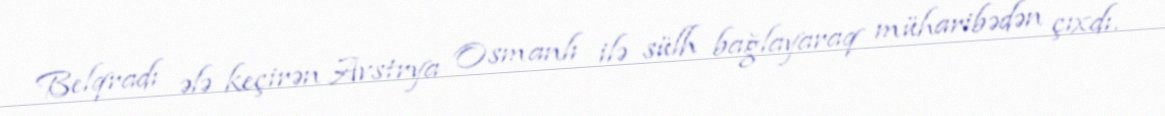
Belqradı ələ keçirən Avstrya Osmanlı ilə sülh bağlayaraq müharibədən çıxdı.